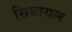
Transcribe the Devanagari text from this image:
सिब्बयल